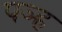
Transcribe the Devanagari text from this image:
पञ्ह